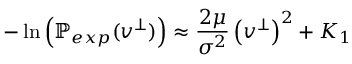
- \ln { \left( \mathbb { P } _ { e x p } ( v ^ { \perp } ) \right) } \approx \frac { 2 \mu } { \sigma ^ { 2 } } \left( { v ^ { \perp } } \right) ^ { 2 } + K _ { 1 }